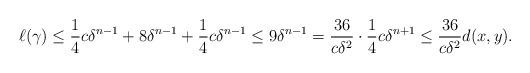
LaTeX: \begin{align*} \ell(\gamma) \le \frac14 c\delta^{n-1} + 8\delta^{n-1} + \frac14 c\delta^{n-1} \le 9\delta^{n-1} = \frac{36}{c\delta^2} \cdot \frac14c\delta^{n+1} \le \frac{36}{c\delta^2} d(x,y). \end{align*}